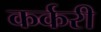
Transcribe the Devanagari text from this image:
कर्करी